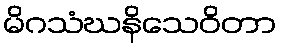
မိဂသံဃနိသေဝိတာ